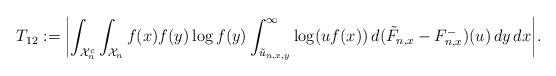
LaTeX: \begin{align*}T_{12} := \biggl|\int_{\mathcal{X}_n^c} \int_{\mathcal{X}_n} f(x)f(y) \log f(y) \int_{\tilde{u}_{n,x,y}}^\infty \log (uf(x)) \,d(\tilde{F}_{n,x}-F^-_{n,x})(u) \,dy \,dx\biggr|.\end{align*}